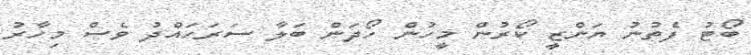
ބޯޓު ފެތުނު ޔަންޒީ ކޯރުން މީހުން ހޯދަން ބަލާ ސަރަހައްދު ވެސް މިހާރު